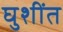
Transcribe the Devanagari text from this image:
घुशींत